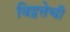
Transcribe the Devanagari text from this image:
विद्वत्तेची